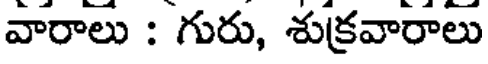
వారాలు : గురు, శుక్రవారాలు